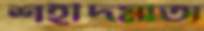
শহীদমাতা